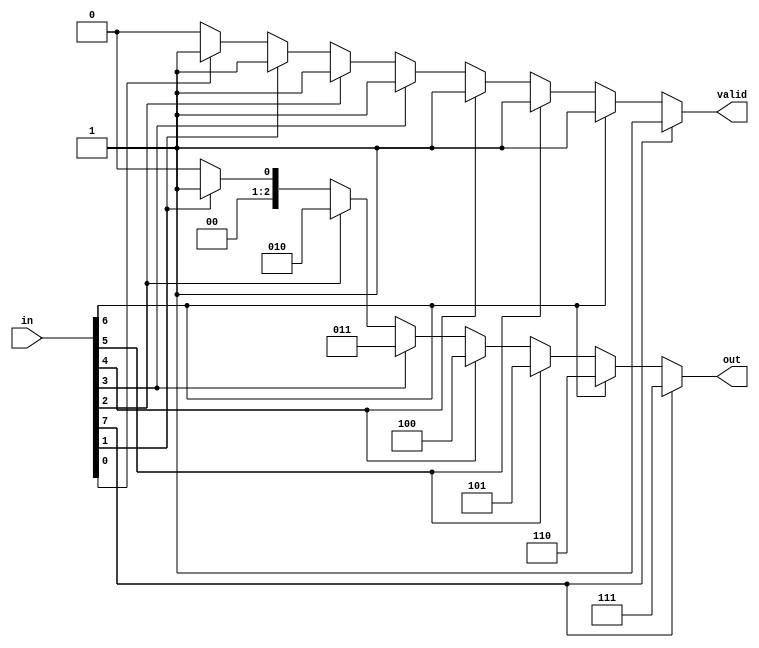
module relative_encoder #(
    parameter N = 8  // Number of input lines
)(
    input [N-1:0] in,  // One-hot encoded input lines
    output reg [$clog2(N)-1:0] out,  // Binary encoded output
    output reg valid  // Indicates if an active input is present
);

    integer i;

    always @(*) begin
        valid = 0; // Default valid to false
        out = {($clog2(N)){1'b0}}; // Default output to zero

        // Traverse inputs from highest priority to lowest
        for (i = 0; i < N; i = i + 1) begin
            if (in[i]) begin
                valid = 1; // An active input is found
                out = i;   // Set output to current index
            end
        end
    end

endmodule